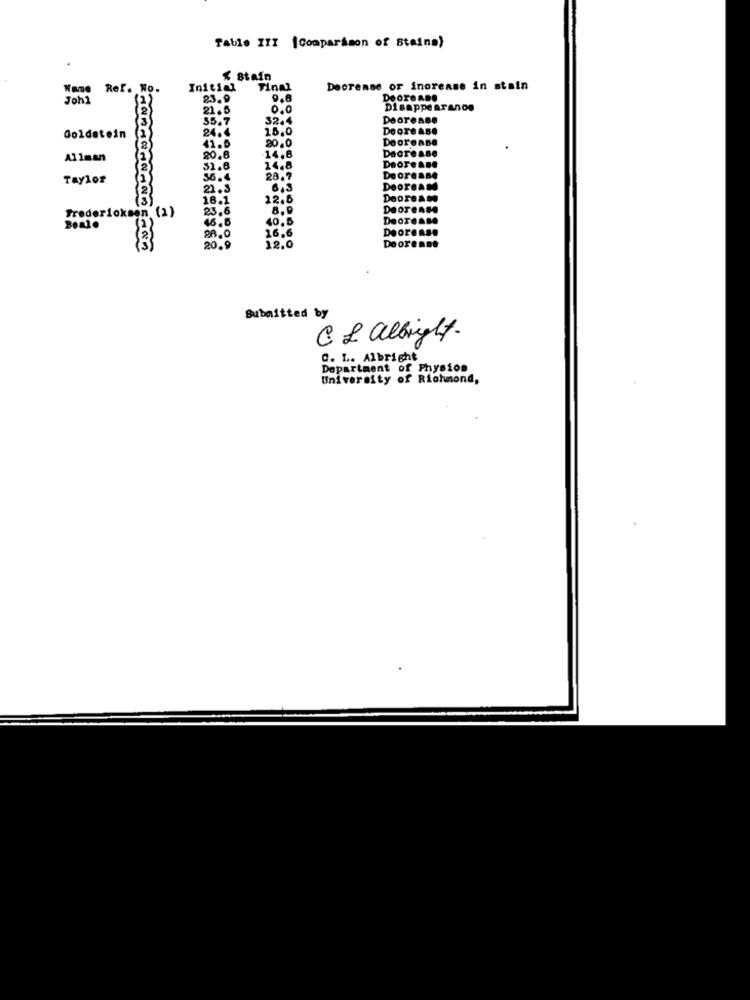
Table III [Comparison of Staina)
$ Stain
Wane Ref. No.
Initial
Final
Decrease or increase in stain
23.9
9.6
DoorenDe
21.5
0.0
Disappearance
35.7
32.4
Decrease
24.4
15,0
Deore ase
Decrease
41.6
20.0
20.8
14,8
Decrease
51.8
14.8
Deorense
36.4
28.7
Decrease
21.3
6,3
DeOreAM
16.1
12.6
Doorease
23.6
8,9
DeOTeAse
46.6
40.5
Decrease
16.6
DeOrense
88.0
20.9
12.0
Deorenne
Submitted by
CL albright.
0. L. Albright
rtment of Physios
University of Richmond,